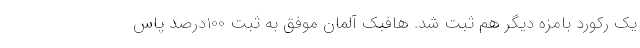
یک رکورد بامزه دیگر هم ثبت شد. هافبک آلمان موفق به ثبت 100درصد پاس